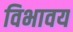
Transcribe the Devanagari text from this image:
विभावय